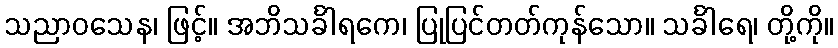
သညာဝသေန၊ ဖြင့်။ အဘိသင်္ခါရကေ၊ ပြုပြင်တတ်ကုန်သော။ သင်္ခါရေ၊ တို့ကို။